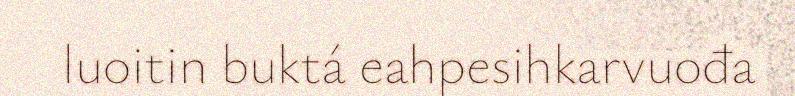
luoitin buktá eahpesihkarvuođa